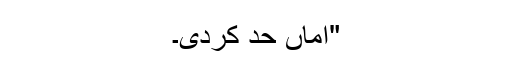
"اماں حد کردی۔